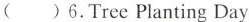
( )6.Tree Planting Day